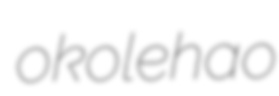
okolehao